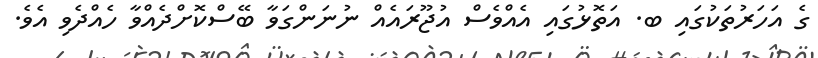
ގެ އަހަރުތަކުގައި ބ. އަތޮޅުގައި އެއްވެސް އުޖޫރައެއް ނުނަންގަވާ ބޭސްކޮށްދެއްވާ ހެއްދެވި އެވެ.